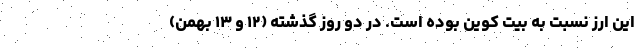
این ارز نسبت به بیت کوین بوده است. در دو روز گذشته (۱۲ و ۱۳ بهمن)